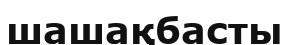
шашақбасты